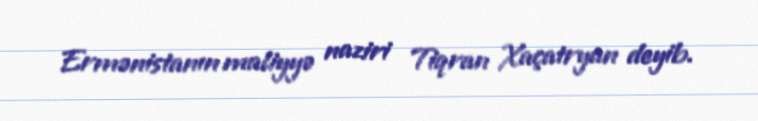
Ermənistanın maliyyə naziri Tiqran Xaçatryan deyib.